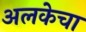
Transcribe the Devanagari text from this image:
अलकेचा